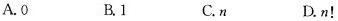
A.0 B.1 C.n D.n!